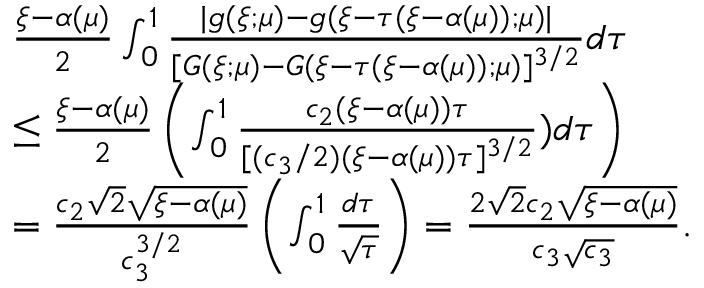
\begin{array} { r l } & { \frac { \xi - \alpha ( \mu ) } { 2 } \int _ { 0 } ^ { 1 } \frac { | g ( \xi ; \mu ) - g ( \xi - \tau ( \xi - \alpha ( \mu ) ) ; \mu ) | } { [ G ( \xi ; \mu ) - G ( \xi - \tau ( \xi - \alpha ( \mu ) ) ; \mu ) ] ^ { 3 / 2 } } d \tau } \\ & { \leq \frac { \xi - \alpha ( \mu ) } { 2 } \left( \int _ { 0 } ^ { 1 } \frac { c _ { 2 } ( \xi - \alpha ( \mu ) ) \tau } { [ ( c _ { 3 } / 2 ) ( \xi - \alpha ( \mu ) ) \tau ] ^ { 3 / 2 } } ) d \tau \right) } \\ & { = \frac { c _ { 2 } \sqrt 2 \sqrt { \xi - \alpha ( \mu ) } } { c _ { 3 } ^ { 3 / 2 } } \left( \int _ { 0 } ^ { 1 } \frac { d \tau } { \sqrt \tau } \right) = \frac { 2 \sqrt 2 c _ { 2 } \sqrt { \xi - \alpha ( \mu ) } } { c _ { 3 } \sqrt { c _ { 3 } } } . } \end{array}